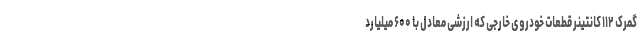
گمرک ۱۱۲ کانتینر قطعات خودروی خارجی که ارزشی معادل با ۶۰۰ میلیارد